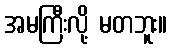
အမကြီးလို့ မတဘူး။